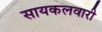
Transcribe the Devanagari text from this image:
सायकलवारी